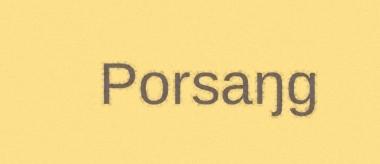
Porsaŋg